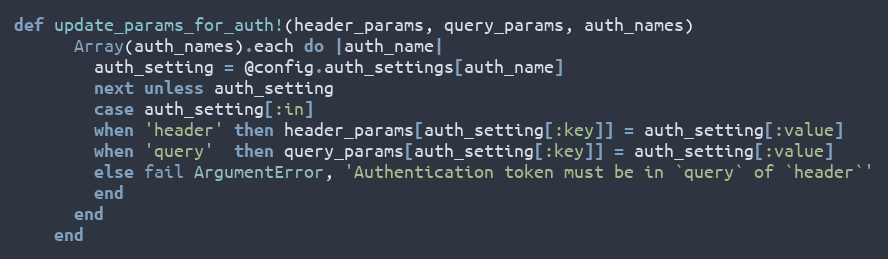
Language: Ruby
def update_params_for_auth!(header_params, query_params, auth_names)
      Array(auth_names).each do |auth_name|
        auth_setting = @config.auth_settings[auth_name]
        next unless auth_setting
        case auth_setting[:in]
        when 'header' then header_params[auth_setting[:key]] = auth_setting[:value]
        when 'query'  then query_params[auth_setting[:key]] = auth_setting[:value]
        else fail ArgumentError, 'Authentication token must be in `query` of `header`'
        end
      end
    end